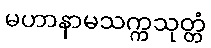
မဟာနာမသက္ကသုတ္တံ